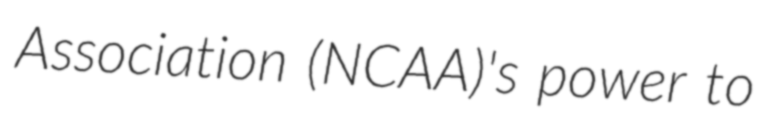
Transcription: Association (NCAA)'s power to